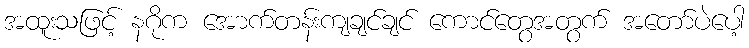
အထူးသဖြင့် နဂိုက အောက်တန်းကျချင်ချင် ကောင်တွေအတွက် အတော်ပဲပေါ့